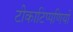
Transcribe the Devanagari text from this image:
टीकाटिप्पणियों